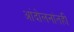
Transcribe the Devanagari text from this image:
आंदोलनांतही